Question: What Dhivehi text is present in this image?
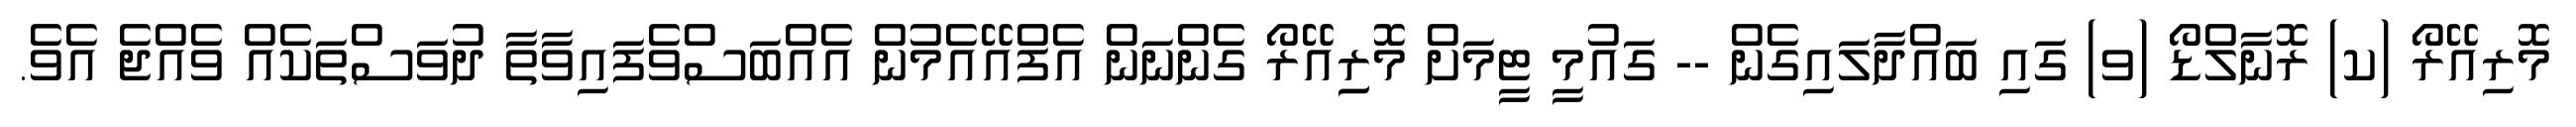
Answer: މޮރިއޭރޯ (ކ) ރޮނާލްޑޯ (ވ) ގައި ބައްދާލައިގެން -- ގައުމީ ޓީމަށް މޮރިިއޭރޯ ގެންނަން އެފްއޭއެމުން އެއްބަސްވެފައިވާތާ ދުވަސްތަކެއް ވެއްޖެ އެވެ.